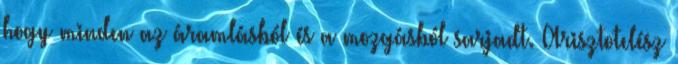
hogy minden az áramlásból és a mozgásból sarjadt. Arisztotelész